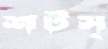
শটস্